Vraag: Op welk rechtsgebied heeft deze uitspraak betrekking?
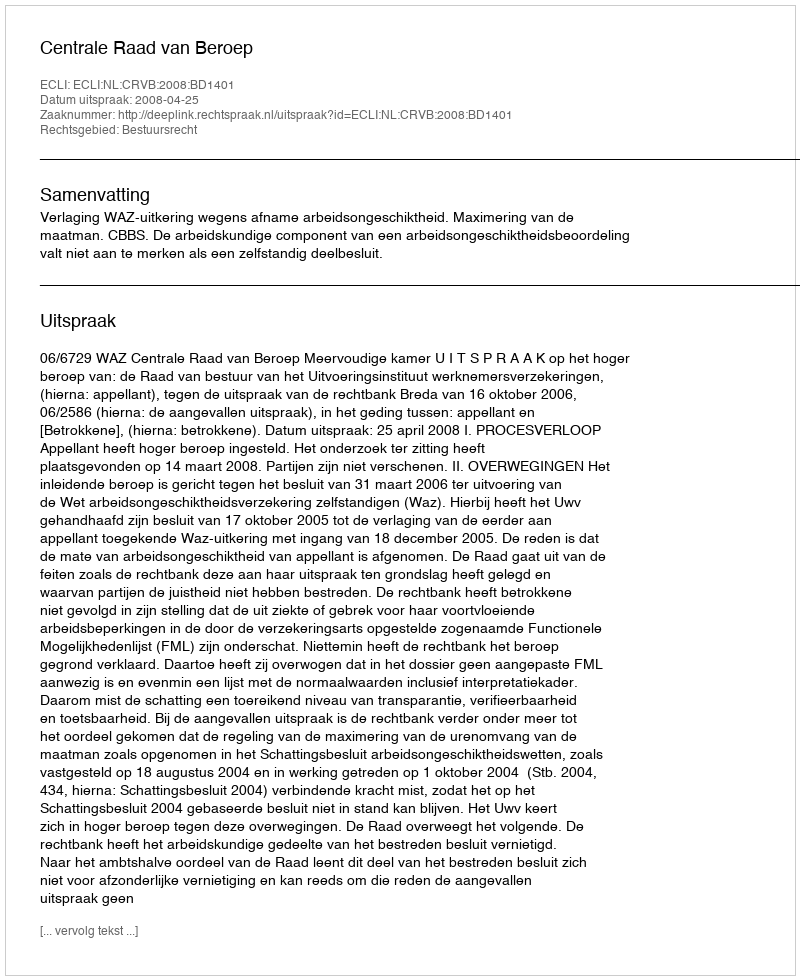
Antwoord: Bestuursrecht